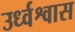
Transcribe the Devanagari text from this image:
उर्ध्वश्वास